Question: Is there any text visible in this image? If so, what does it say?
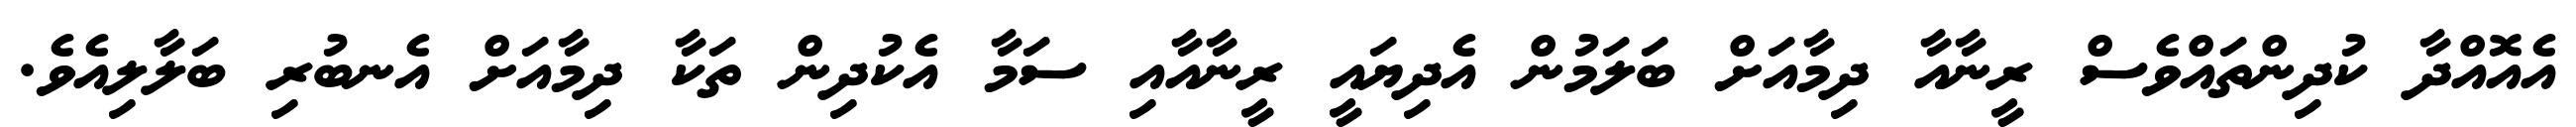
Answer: އެއޮއްދާ ކުދިންތައްވެސް ރީނާއާ ދިމާއަށް ބަލަމުން އެދިޔައީ ރީނާއާއި ސަމާ އެކުދިން ތަކާ ދިމާއަށް އެނބުރި ބަލާލިއެވެ.